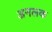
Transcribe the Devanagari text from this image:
अनलक